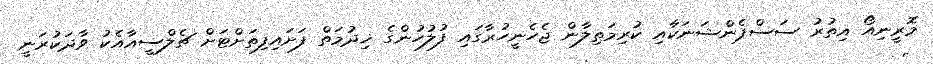
މޮރީނިއޯ އިތުރު ސަސްޕެންޝަނަކާއި ކުރިމަތިލާން ޖެހެނީހުރާގައި ފުލުހުންގެ ޚިދުމަތް ފަށައިފިތަށްޓަށް ޗެލްސީއާއެކު ވާދަކުރަނީ